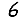
Digit: 6